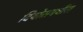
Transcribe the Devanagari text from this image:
दियोसमधील